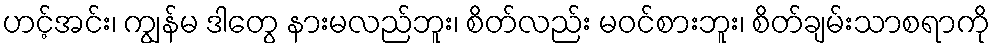
ဟင့်အင်း၊ ကျွန်မ ဒါတွေ နားမလည်ဘူး၊ စိတ်လည်း မဝင်စားဘူး၊ စိတ်ချမ်းသာစရာကို